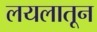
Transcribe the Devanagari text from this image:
लयलातून